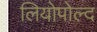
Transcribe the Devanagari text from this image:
लियोपोल्द